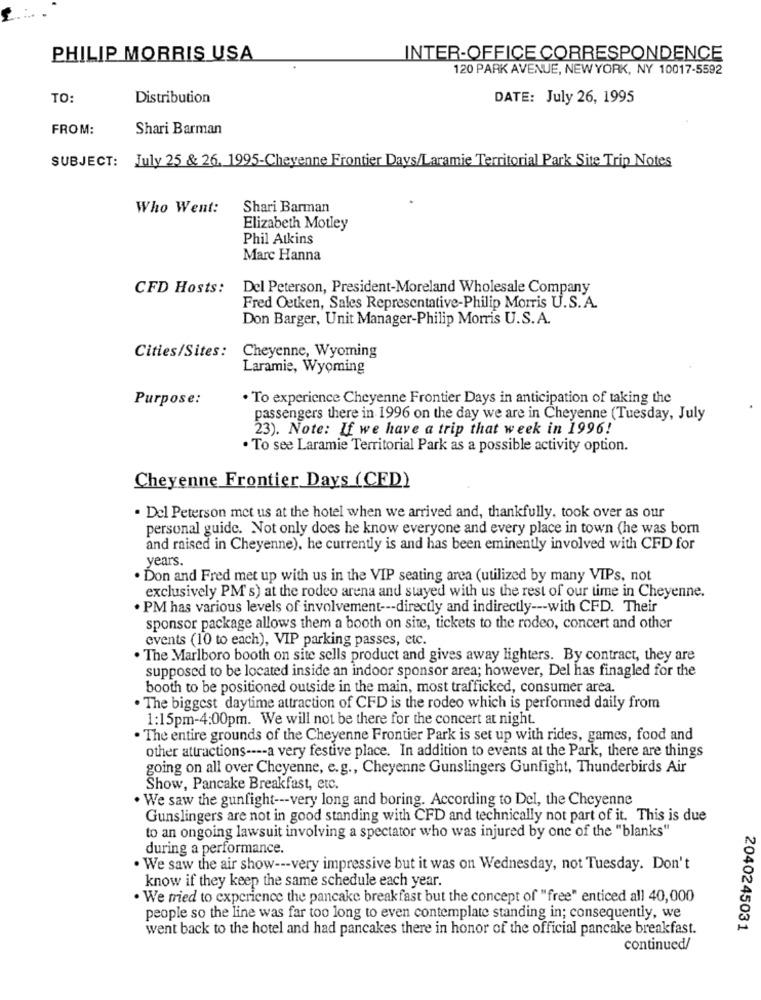
PHILIP MORRIS USA
INTER-OFFICE CORRESPONDENCE
120 PARK AVENUE, NEW YORK, NY 10017-5592
TO:
Distribution
DATE: July 26, 1995
FROM:
Shari Barman
SUBJECT: July 25 & 26. 1995-Cheyenne Frontier Days/Laramie Territorial Park Site Trip Notes
Who Went:
Shari Barman
Elizabeth Motley
Phil Atkins
Marc Hanna
CFD Hosts:
Del Peterson, President-Moreland Wholesale Company
Fred Oetken, Sales Representative-Philip Morris U.S.A.
Don Barger, Unit Manager-Philip Morris U.S.A.
Cheyenne, Wyoming
Cities/Sites:
Laramie, Wyoming
Purpose:
. To experience Cheyenne Frontier Days in anticipation of taking the
passengers there in 1996 on the day we are in Cheyenne (Tuesday, July
23). Note: If we have a trip that week in 1996!
· To see Laramie Territorial Park as a possible activity option.
Cheyenne Frontier Days (CFD)
. Del Peterson met us at the hotel when we arrived and, thankfully, took over as our
personal guide. Not only does he know everyone and every place in town (he was born
and raised in Cheyenne), he currently is and has been eminently involved with CFD for
years.
. Don and Fred met up with us in the VIP seating area (utilized by many VIPs, not
exclusively PM's) at the rodeo arena and stayed with us the rest of our time in Cheyenne.
PM has various levels of involvement --- directly and indirectly --- with CFD. Their
sponsor package allows them a booth on site, tickets to the rodeo, concert and other
events (10 to each), VIP parking passes, etc.
. The Marlboro booth on site sells product and gives away lighters. By contract, they are
supposed to be located inside an indoor sponsor area; however, Del has finagled for the
booth to be positioned outside in the main, most trafficked, consumer area.
. The biggest daytime attraction of CFD is the rodeo which is performed daily from
1:15pm-4:00pm. We will not be there for the concert at night.
. The entire grounds of the Cheyenne Frontier Park is set up with rides, games, food and
other attractions ---- a very festive place. In addition to events at the Park, there are things
going on all over Cheyenne, e.g ., Cheyenne Gunslingers Gunfight, Thunderbirds Air
Show, Pancake Breakfast, etc.
. We saw the gunfight --- very long and boring. According to Del, the Cheyenne
Gunslingers are not in good standing with CFD and technically not part of it. This is due
to an ongoing lawsuit involving a spectator who was injured by one of the "blanks"
during a performance.
. We saw the air show --- very impressive but it was on Wednesday, not Tuesday. Don't
know if they keep the same schedule each year.
. We tried to experience the pancake breakfast but the concept of "free" enticed all 40,000
people so the line was far too long to even contemplate standing in; consequently, we
went back to the hotel and had pancakes there in honor of the official pancake breakfast.
2040245031
continued/